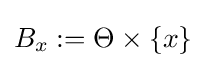
B_{x}:=\Theta \times \lbrace x\rbrace